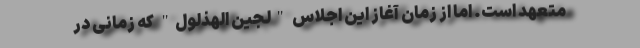
متعهد است. اما از زمان آغاز این اجلاس "لُجَین الهَذلول" که زمانی در